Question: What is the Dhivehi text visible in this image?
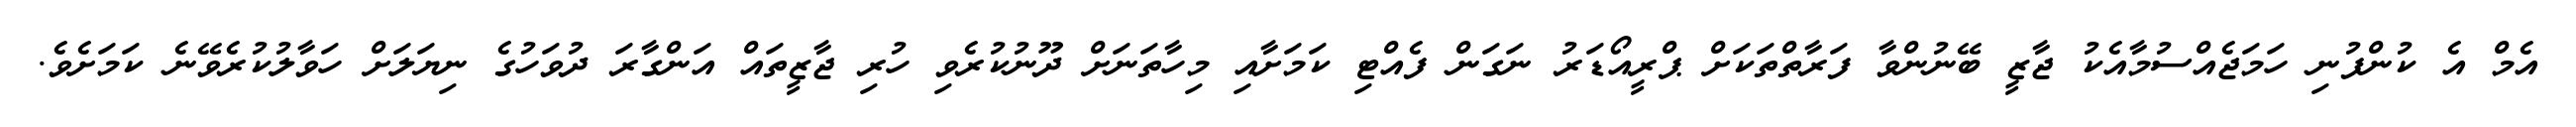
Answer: އެމް އެ ކުންފުނި ހަމަޖެއްސުމާއެކު ޖާޒީ ބޭނުންވާ ފަރާތްތަކަށް ޕްރީއޯޑަރު ނަގަން ފެއްޓި ކަމަށާއި މިހާތަނަށް ދޫނުކުރެވި ހުރި ޖާޒީތައް އަންގާރަ ދުވަހުގެ ނިޔަލަށް ހަވާލުކުރެވޭނެ ކަމަށެވެ.